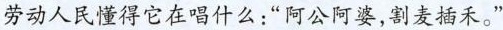
劳动人民懂得它在唱什么：”阿公阿婆，割麦插禾。”